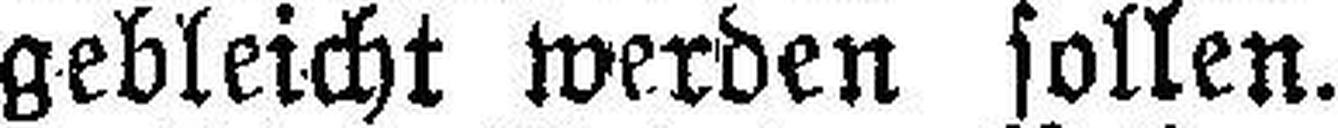
gebleicht werden sollen.